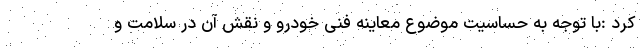
کرد :با توجه به حساسیت موضوع معاینه فنی خودرو و نقش آن در سلامت و